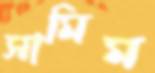
সামিম